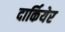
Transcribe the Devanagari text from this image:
दार्कियेर